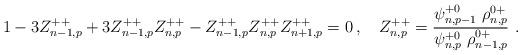
LaTeX: \begin{align*} 1-3Z^{++}_{n-1,p}+3Z^{++}_{n-1,p}Z^{++}_{n,p}-Z^{++}_{n-1,p}Z^{++}_{n,p}Z^{++}_{n+1,p}=0\,, \quad Z^{++}_{n,p}=\frac{ \psi^{+0}_{n,p-1}\ \rho^{0+}_{n,p}}{\psi^{+0}_{n,p}\ \rho^{0+}_{n-1,p}} \ .\end{align*}